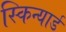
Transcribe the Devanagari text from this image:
स्किन्यार्ड